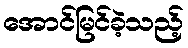
အောင်မြင်ခဲ့သည့်